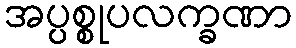
အပ္ပစ္စုပလက္ခဏာ